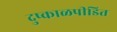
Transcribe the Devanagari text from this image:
दुष्काळपीडित